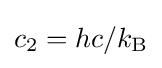
c_{2}=hc/k_{\text{B}}